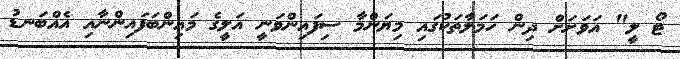
ޓޯ ލީ" އަވަށަށް ދިން ހަމަލާތަކުގައި މިޔަންމާ ސިފައިންވަނީ އަލީގެ މައިންބަފައިންނާއި އެއްބަނޑު